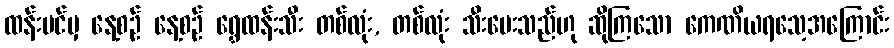
ထန်းပင်မှ နေ့စဉ် နေ့စဉ် ရွှေထန်းသီး တစ်လုံး, တစ်လုံး သီးပေးသည်ဟု ဆိုကြသော ကေဏိယရသေ့အကြောင်း